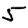
Digit: 5